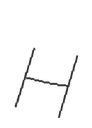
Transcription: H